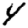
Digit: 4